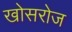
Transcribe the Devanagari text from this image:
खोसरोज